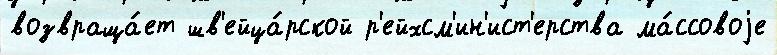
возвраща́ет шв'ейца́рской р'ейхсм'ин'ист'ерства ма́ссовоjе